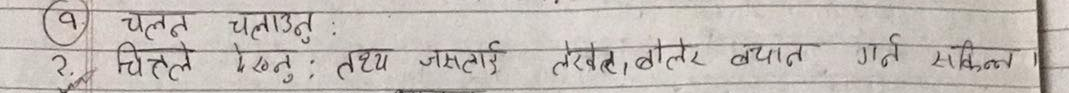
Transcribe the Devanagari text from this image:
(९) चलचित्र चुनाउ:
चित्र लेख्नु; तथा जसलाई लेखे, बोल्न बयान गर्न सकिन्छ।